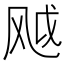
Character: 𬱸